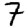
Digit: 7